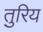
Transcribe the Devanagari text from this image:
तुरिय